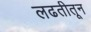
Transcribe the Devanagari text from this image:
लढतीतून